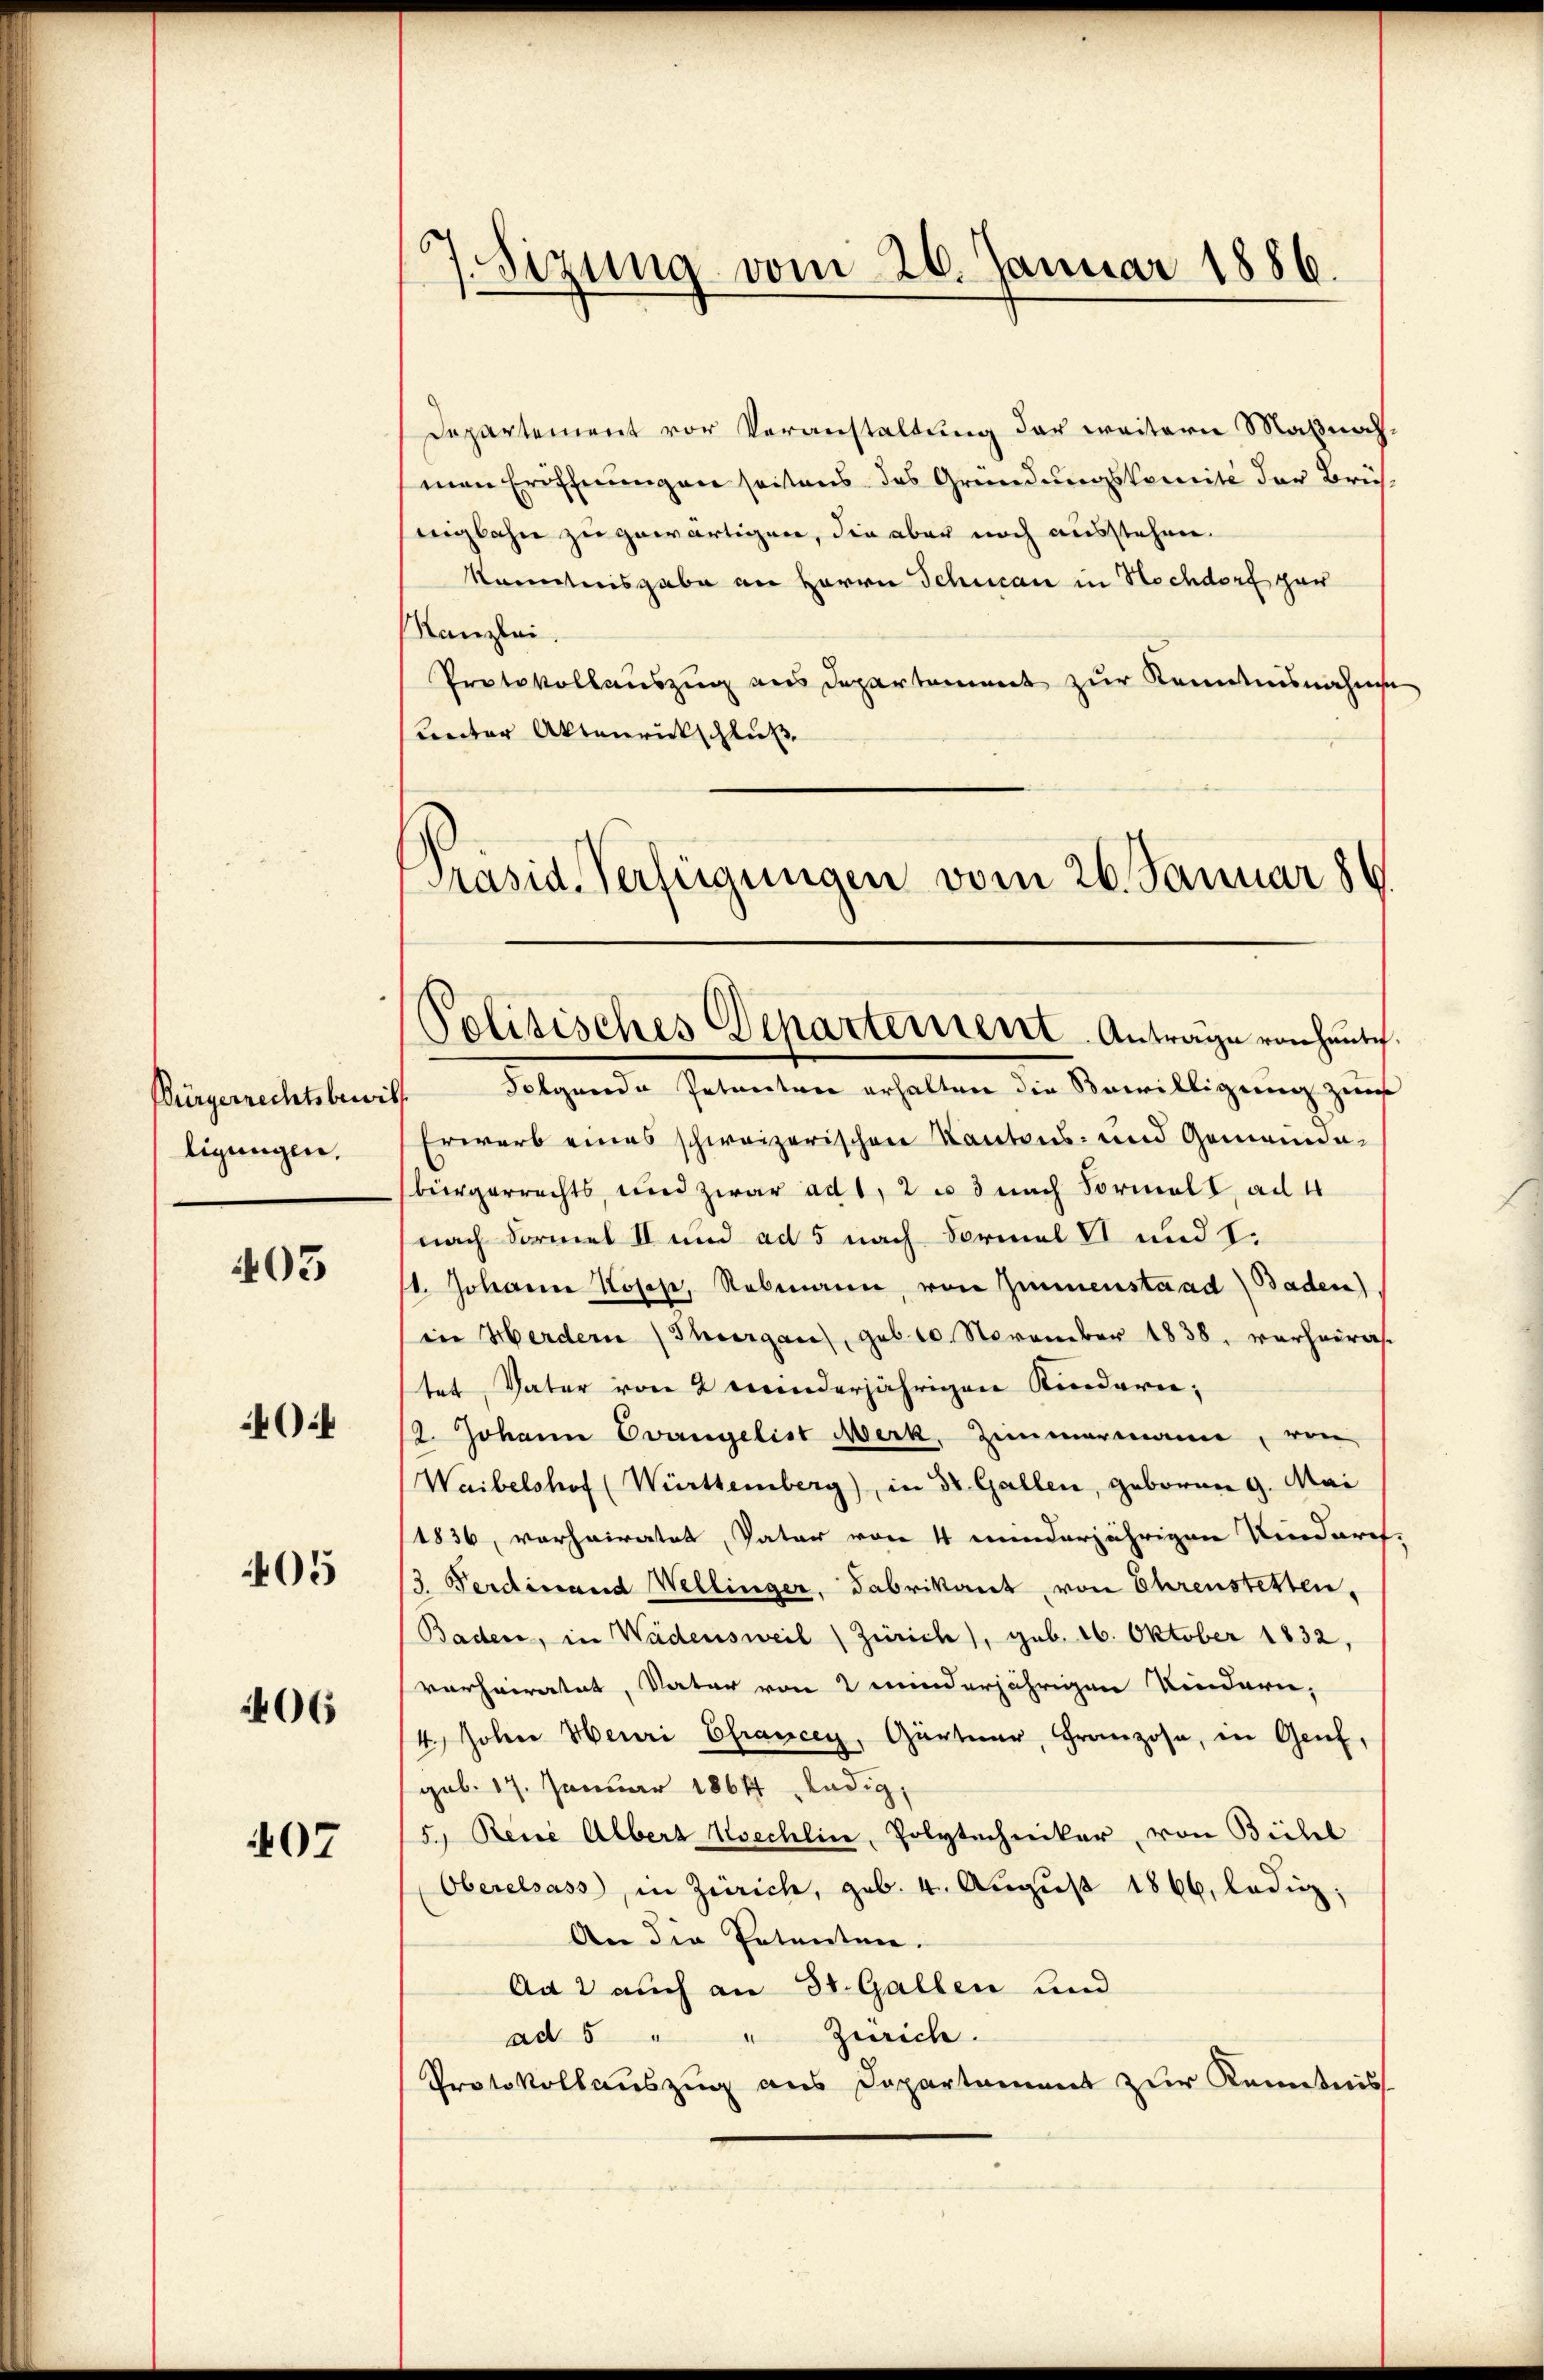
Bürgerrechtsbei
ligungen,

403

0

405

406

407

/7. Sitzung vom 26. Januar 1886.

Departement vor Veranstaltung der weitern Maßnach,
men Eröffnungen seitens das Gründungskomité der Brühnigbahn zu gewärtigen, die aber noch ausstehen.
kanntnisgabe an Herrn Schucan in Hochdorf gan
Kanzlei
Protokollauszug aus Departement zur Kenntnisnahme
Rector Aktenrückschluß

Präsid. Verfügungen vom 26. Januar 8
Politisches Departement-Antrage von hantich.

Folgende Petenten erhalten die Bewilligung zur
Erwarb eines schweizerischen Kantons- und Gemeinde-
bürgerrechts, und zwar ad 1, 2 u 3 nach Formelt, ad 4
nach Formel II und ad 5 nach Formal VI und I.
st. Johanne Loses, Rebmann, von Zimmenstand Baden),
in Herdern Thurgau, geb. 10. November 1838. verheira
tet, Vater von 2 meinderjährigen Kindern¬
2. Johann Evangelist Merk, Zimmermann, von
Waibelshof (Württemberg), in Dr. Gallen, geboren 9. Mai
1836, vorheiratet, Vater von 4 minderjährigen Kindurch-
13. Ferdinand Wellinger, Fabrikant, von Ehrenstetten,
Baden, in Wädensweil Zürich), geb. 16. Oktober 1832,
verheiratet, Vater von 2 minderjährigen Kindern,
4.) Johne Henri Efrancey, Gärtner, Franzose, in Genf,
gub. 17. Januar 1864 ledig,
5.) Reue Albert Koechlin, Polytechniker, von Bichl
Oberelsass, in Zürich, geb. 4. Aŭgŭst 1866, ledig,
An die Petentme
Ad 2 auch an 31. Gallen und
ad 5 " " Zürich.
Protokollauszug aus Departament zur Kenntnis